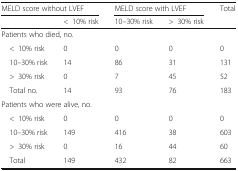
<table><thead><tr><td colspan="2"><b>MELD score without LVEF</b></td><td colspan="2"><b>MELD score with LVEF</b></td><td><b>Total</b></td></tr><tr><td></td><td><b>&lt;10% risk</b></td><td><b>10–30% risk</b></td><td><b>&gt;30% risk</b></td><td></td></tr></thead><tbody><tr><td colspan="5">Patients who died, no.</td></tr><tr><td> &lt;10% risk</td><td>0</td><td>0</td><td>0</td><td>0</td></tr><tr><td> 10–30% risk</td><td>14</td><td>86</td><td>31</td><td>131</td></tr><tr><td> &gt;30% risk</td><td>0</td><td>7</td><td>45</td><td>52</td></tr><tr><td> Total no.</td><td>14</td><td>93</td><td>76</td><td>183</td></tr><tr><td colspan="5">Patients who were alive, no.</td></tr><tr><td> &lt;10% risk</td><td>0</td><td>0</td><td>0</td><td>0</td></tr><tr><td> 10–30% risk</td><td>149</td><td>416</td><td>38</td><td>603</td></tr><tr><td> &gt;30% risk</td><td>0</td><td>16</td><td>44</td><td>60</td></tr><tr><td> Total</td><td>149</td><td>432</td><td>82</td><td>663</td></tr></tbody></table>